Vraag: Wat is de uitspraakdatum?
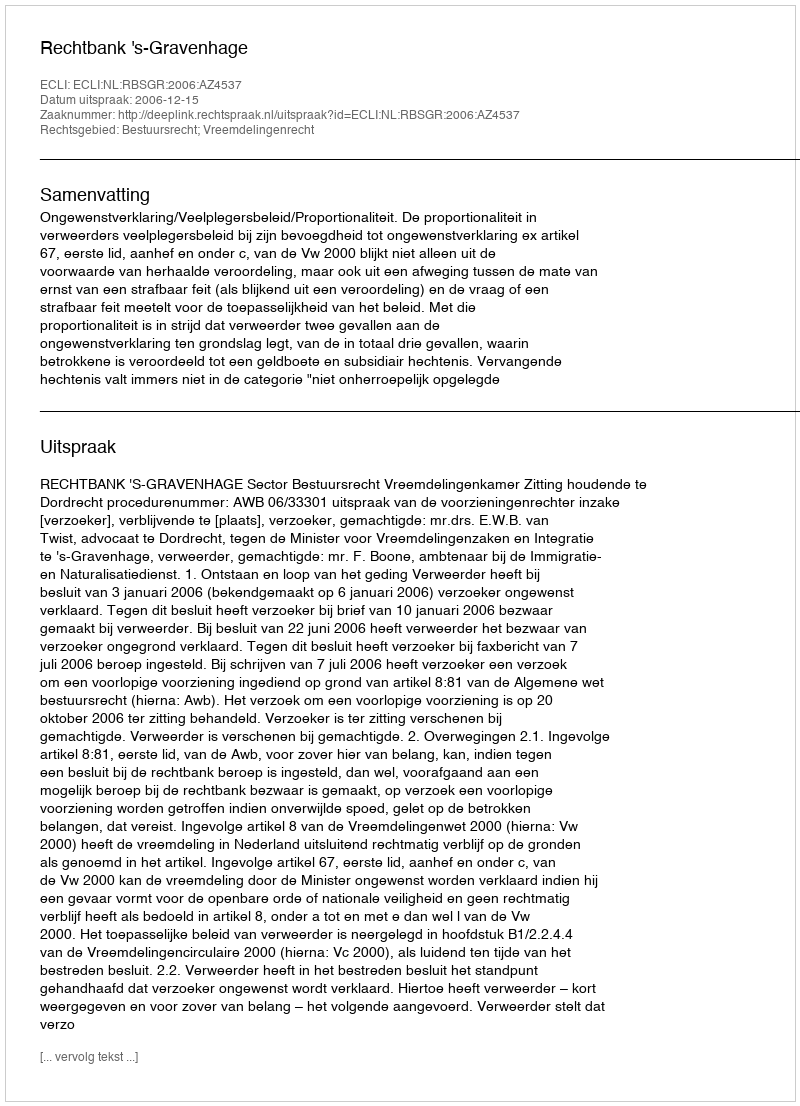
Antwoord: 2006-12-15